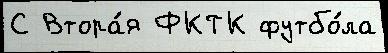
С Втора́я ФКТК футбо́ла